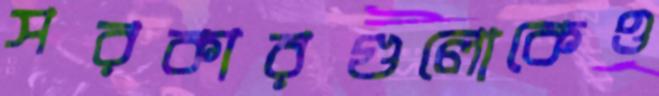
সরকারগুলোকেও